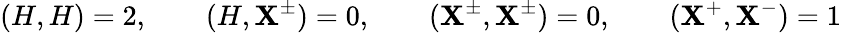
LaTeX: (H,H)=2,\qquad(H,\mathbf{X}^{\pm})=0,\qquad(\mathbf{X}^{\pm},\mathbf{X}^{\pm})=0,\qquad(\mathbf{X}^{+},\mathbf{X}^{-})=1